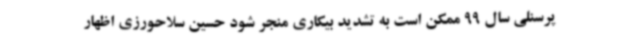
پرسنلی سال 99 ممکن است به تشدید بیکاری منجر شود حسین سلاحورزی اظهار